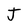
Character: J